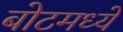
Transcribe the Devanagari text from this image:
बोटमध्ये